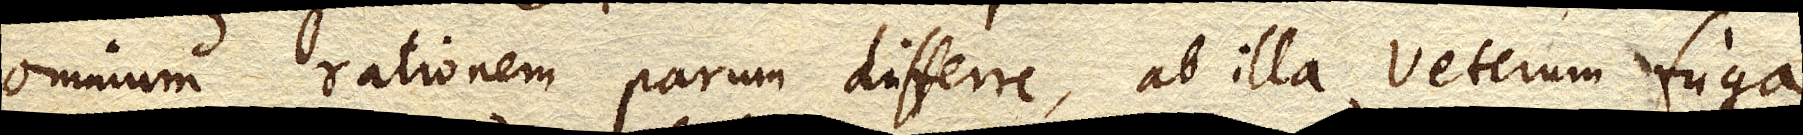
omnium rationem parum differre, ab illa veterum fuga